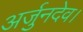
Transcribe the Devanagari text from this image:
अर्जुनदेव।